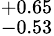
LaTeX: ^{+0.65}_{-0.53}